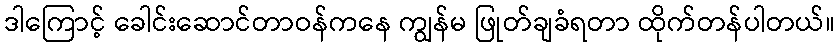
ဒါကြောင့် ခေါင်းဆောင်တာဝန်ကနေ ကျွန်မ ဖြုတ်ချခံရတာ ထိုက်တန်ပါတယ်။